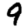
Digit: 9